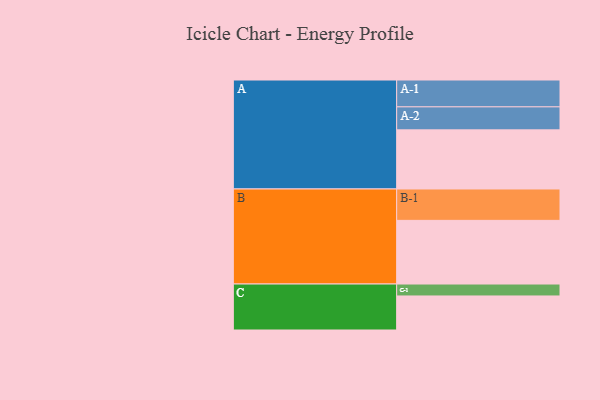
{"axis": {"x": "Segment", "y": "Value"}, "legend": ["", "A", "B", "C"], "data": [{"x": "A", "y": 535, "type": ""}, {"x": "B", "y": 576, "type": ""}, {"x": "C", "y": 308, "type": ""}, {"x": "A-1", "y": 243, "type": "A"}, {"x": "A-2", "y": 208, "type": "A"}, {"x": "B-1", "y": 284, "type": "B"}, {"x": "C-1", "y": 108, "type": "C"}]}